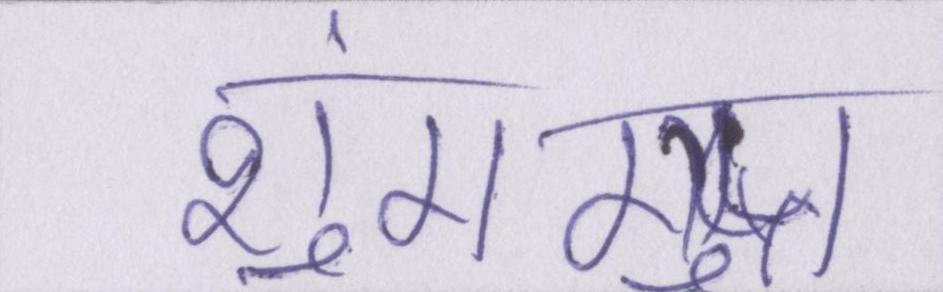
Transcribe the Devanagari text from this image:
शुंग-गुप्त